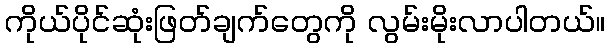
ကိုယ်ပိုင်ဆုံးဖြတ်ချက်တွေကို လွမ်းမိုးလာပါတယ်။